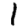
Digit: 1